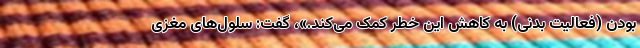
بودن (فعالیت بدنی) به کاهش این خطر کمک می‌کند.»، گفت: سلول‌های مغزی